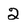
Character: 2